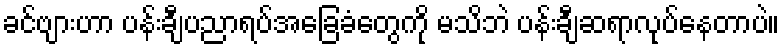
ခင်ဗျားဟာ ပန်းချီပညာရပ်အခြေခံတွေကို မသိဘဲ ပန်းချီဆရာလုပ်နေတာပဲ။